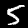
Label: 5